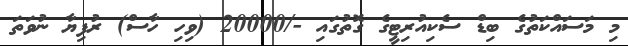
މި މަސައްކަތުގެ ބިޑް ސެކިއުރިޓީގެ ގޮތުގައި -/20000 (ވިހި ހާސް) ރުފިޔާ ނުވަތަ